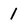
Character: 1